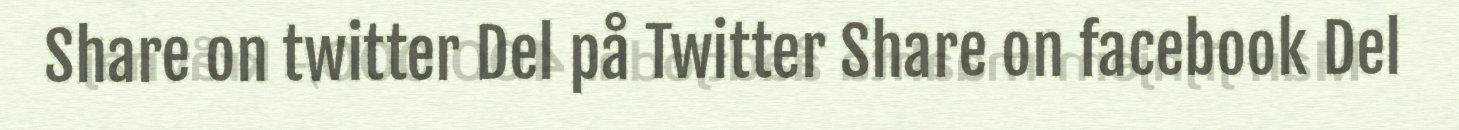
Share on twitter Del på Twitter Share on facebook Del